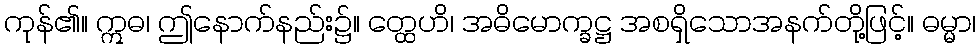
ကုန်၏။ ဣဓ၊ ဤနောက်နည်း၌။ တ္ထေဟိ၊ အဓိမောက္ခဋ္ဌ အစရှိသောအနက်တို့ဖြင့်။ ဓမ္မာ၊